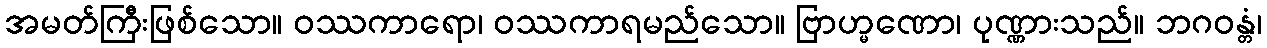
အမတ်ကြီးဖြစ်သော။ ဝဿကာရော၊ ဝဿကာရမည်သော။ ဗြာဟ္မဏော၊ ပုဏ္ဏားသည်။ ဘဂဝန္တံ၊